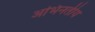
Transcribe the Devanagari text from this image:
अभिनतीय